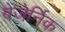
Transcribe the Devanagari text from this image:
बेजेर्निक